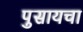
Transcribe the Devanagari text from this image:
पुसायचा